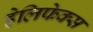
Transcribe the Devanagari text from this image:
हेलिफेक्स